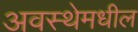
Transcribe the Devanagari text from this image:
अवस्थेमधील